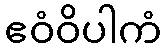
ဧဝံဝိပါကံ